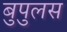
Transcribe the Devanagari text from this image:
बुपुलस